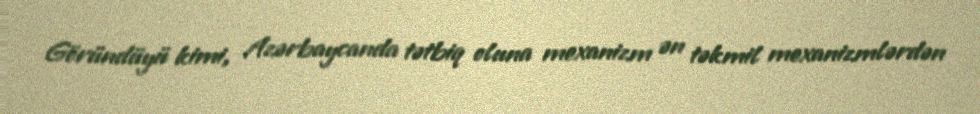
Göründüyü kimi, Azərbaycanda tətbiq oluna mexanizm ən təkmil mexanizmlərdən